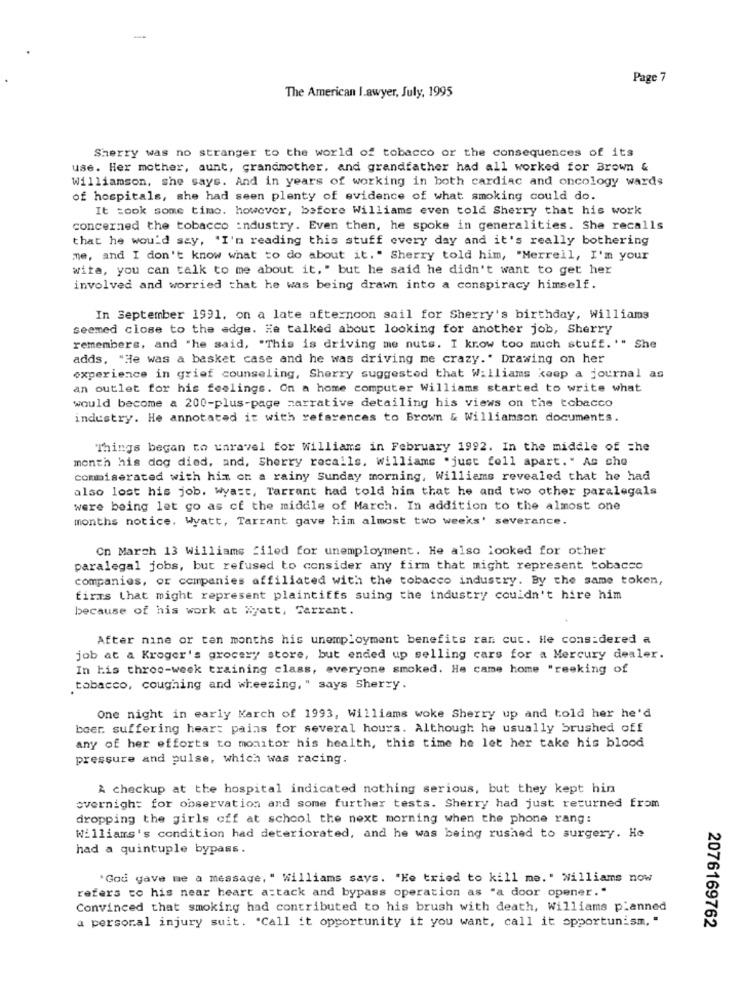
Page 7
The American I.awyer, July, 1995
Sherry was no stranger to the world of tobacco or the consequences of its
use. Her mother, aunt, grandmother, and grandfather had all worked for Brown &
Williamson, she says. And in years of working in both cardiac and oncology wards
of hospitals, she had seen plenty of evidence of what smoking could do.
It took some time. however, before Williams even told Sherry that his work
concerned the tobacco industry. Even then, he spoke in generalities. She recalls
that he would say, 'I'n reading this stuff every day and it's really bothering
me, and I don't know what to do about it." Sherry told him, "Merrell, I'm your
wita, you can talk to me about it." but he said he didn't want to get her
involved and worried that he was being drawn into a conspiracy himself.
In September 1991. on a late afternoon sail for Sherry's birthday, Williams
seemed close to the edge. He talked about looking for another job, Sherry
remembers, and "he said, "This is driving me nuts. I know too much stuff. "" She
adds. "He was a basket case and he was driving me crazy." Drawing on her
experience in grief counseling, Sherry suggested that Williams keep a journal as
an outlet for his feelings. On a home computer Williams started to write what
would become a 200-plus-page narrative detailing his views on the tobacco
industry. He annotated it with references to Brown & Williamson documents.
Things began to unravel for Williams in February 1992. In the middle of =he
month his dog died, and, Sherry recalls. Williams .just fell apart." As che
commiserated with him on a rainy Sunday morning, Williams revealed that he had
also lost his job. Wyart, Tarrant had told him that he and two other paralegals
were being let go as cf the middle of March. In addition to the almost one
months notice. Wyatt, Tarrant gave him almost two weeks' severance.
On March 13 Williams filed for unemployment. He also looked for other
paralegal jobs, but refused to consider any firm that might represent tobacco
companies, or companies affiliated with the tobacco industry. By the same token,
firms that might represent plaintiffs suing the industry couldn't hire him
because of his work at Wyatt, Tarrant.
After nine or ten months his unemployment benefits ran cut. He considered a
job at a Kroger's grocery store, but ended up selling cars for a Mercury dealer.
In his throo-week training class, everyone smoked. He came home "reeking of
tobacco, coughing and wheezing, " says Sherry.
One night in early March of 1993, Williams woke Sherry up and told her he'd
boer. suffering heart pains for several hours. Although he usually brushed off
any of her efforts to monitor his health, this time he let her take his blood
pressure and pulse, which was racing.
A checkup at the hospital indicated nothing serious, but they kept hin
overnight for observation and some further tests. Sherry had just returned from
dropping the girls off at school the next morning when the phone rang:
Williams's condition had deteriorated, and he was being rushed to surgery. He
had a quintuple bypass.
'God gave me a message, " Williams says. "He tried to kill me." Williams now
refers to his near heart attack and bypass operation as "a door opener."
Convinced that smoking had contributed to his brush with death, Williams planned
a personal injury suit. "Call it opportunity it you want, call it opportunism, "
2076169762